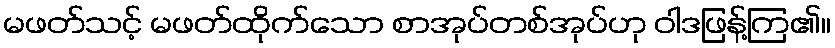
မဖတ်သင့် မဖတ်ထိုက်သော စာအုပ်တစ်အုပ်ဟု ဝါဒဖြန့်ကြ၏။